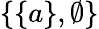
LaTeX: \{ \{ a\} ,\emptyset\}